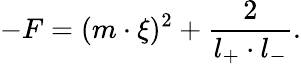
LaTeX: -F=(m\cdot\xi)^{2}+\frac{2}{l_{+}\cdot l_{-}}.